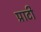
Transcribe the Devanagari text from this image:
प्राटी